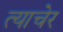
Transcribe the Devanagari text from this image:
त्याचेर